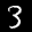
Label: 3